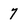
Character: 7